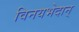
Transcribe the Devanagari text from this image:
विनयभेदान्